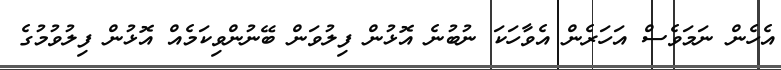
އެހެން ނަމަވެސް އަހަރެން އެވާހަކަ ނުބުނެ އޮޅުން ފިލުވަން ބޭނުންވިކަމެއް އޮޅުން ފިލުވުމުގެ